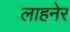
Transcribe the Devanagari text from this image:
लाहनेर